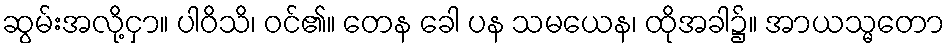
ဆွမ်းအလို့ငှာ။ ပါဝိသိ၊ ဝင်၏။ တေန ခေါ ပန သမယေန၊ ထိုအခါ၌။ အာယသ္မတော